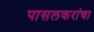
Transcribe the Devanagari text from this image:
पासलकरांचा